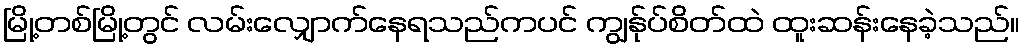
မြို့တစ်မြို့တွင် လမ်းလျှောက်နေရသည်ကပင် ကျွန်ုပ်စိတ်ထဲ ထူးဆန်းနေခဲ့သည်။